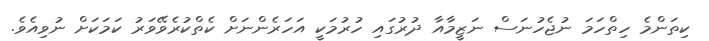
ކިތަންމެ ހިތްހަމަ ނުޖެހުނަސް ނަޒީމާއާ ދުރުގައި ހުރުމަކީ އަހަރެންނަށް ކެތްކުރެވޭވަރު ކަމަކަށް ނުވިއެވެ.